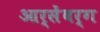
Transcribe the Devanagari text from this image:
आर्सेंबर्ग